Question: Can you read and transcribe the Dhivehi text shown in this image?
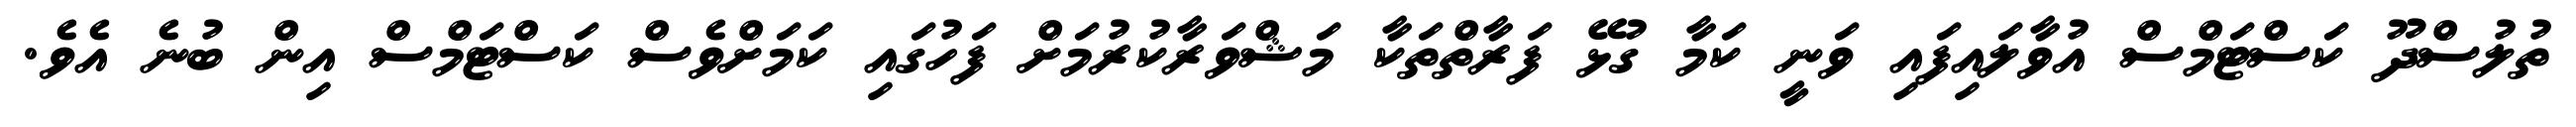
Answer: ތުލުސްދޫ ކަސްޓަމްސް އުވާލައިފައި ވަނީ ކަމާ ގުޅޭ ފަރާތްތަކާ މަޝްވަރާކުރުމަށް ފަހުގައި ކަމަށްވެސް ކަސްޓަމްސް އިން ބުނެ އެވެ.